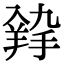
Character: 𦎚